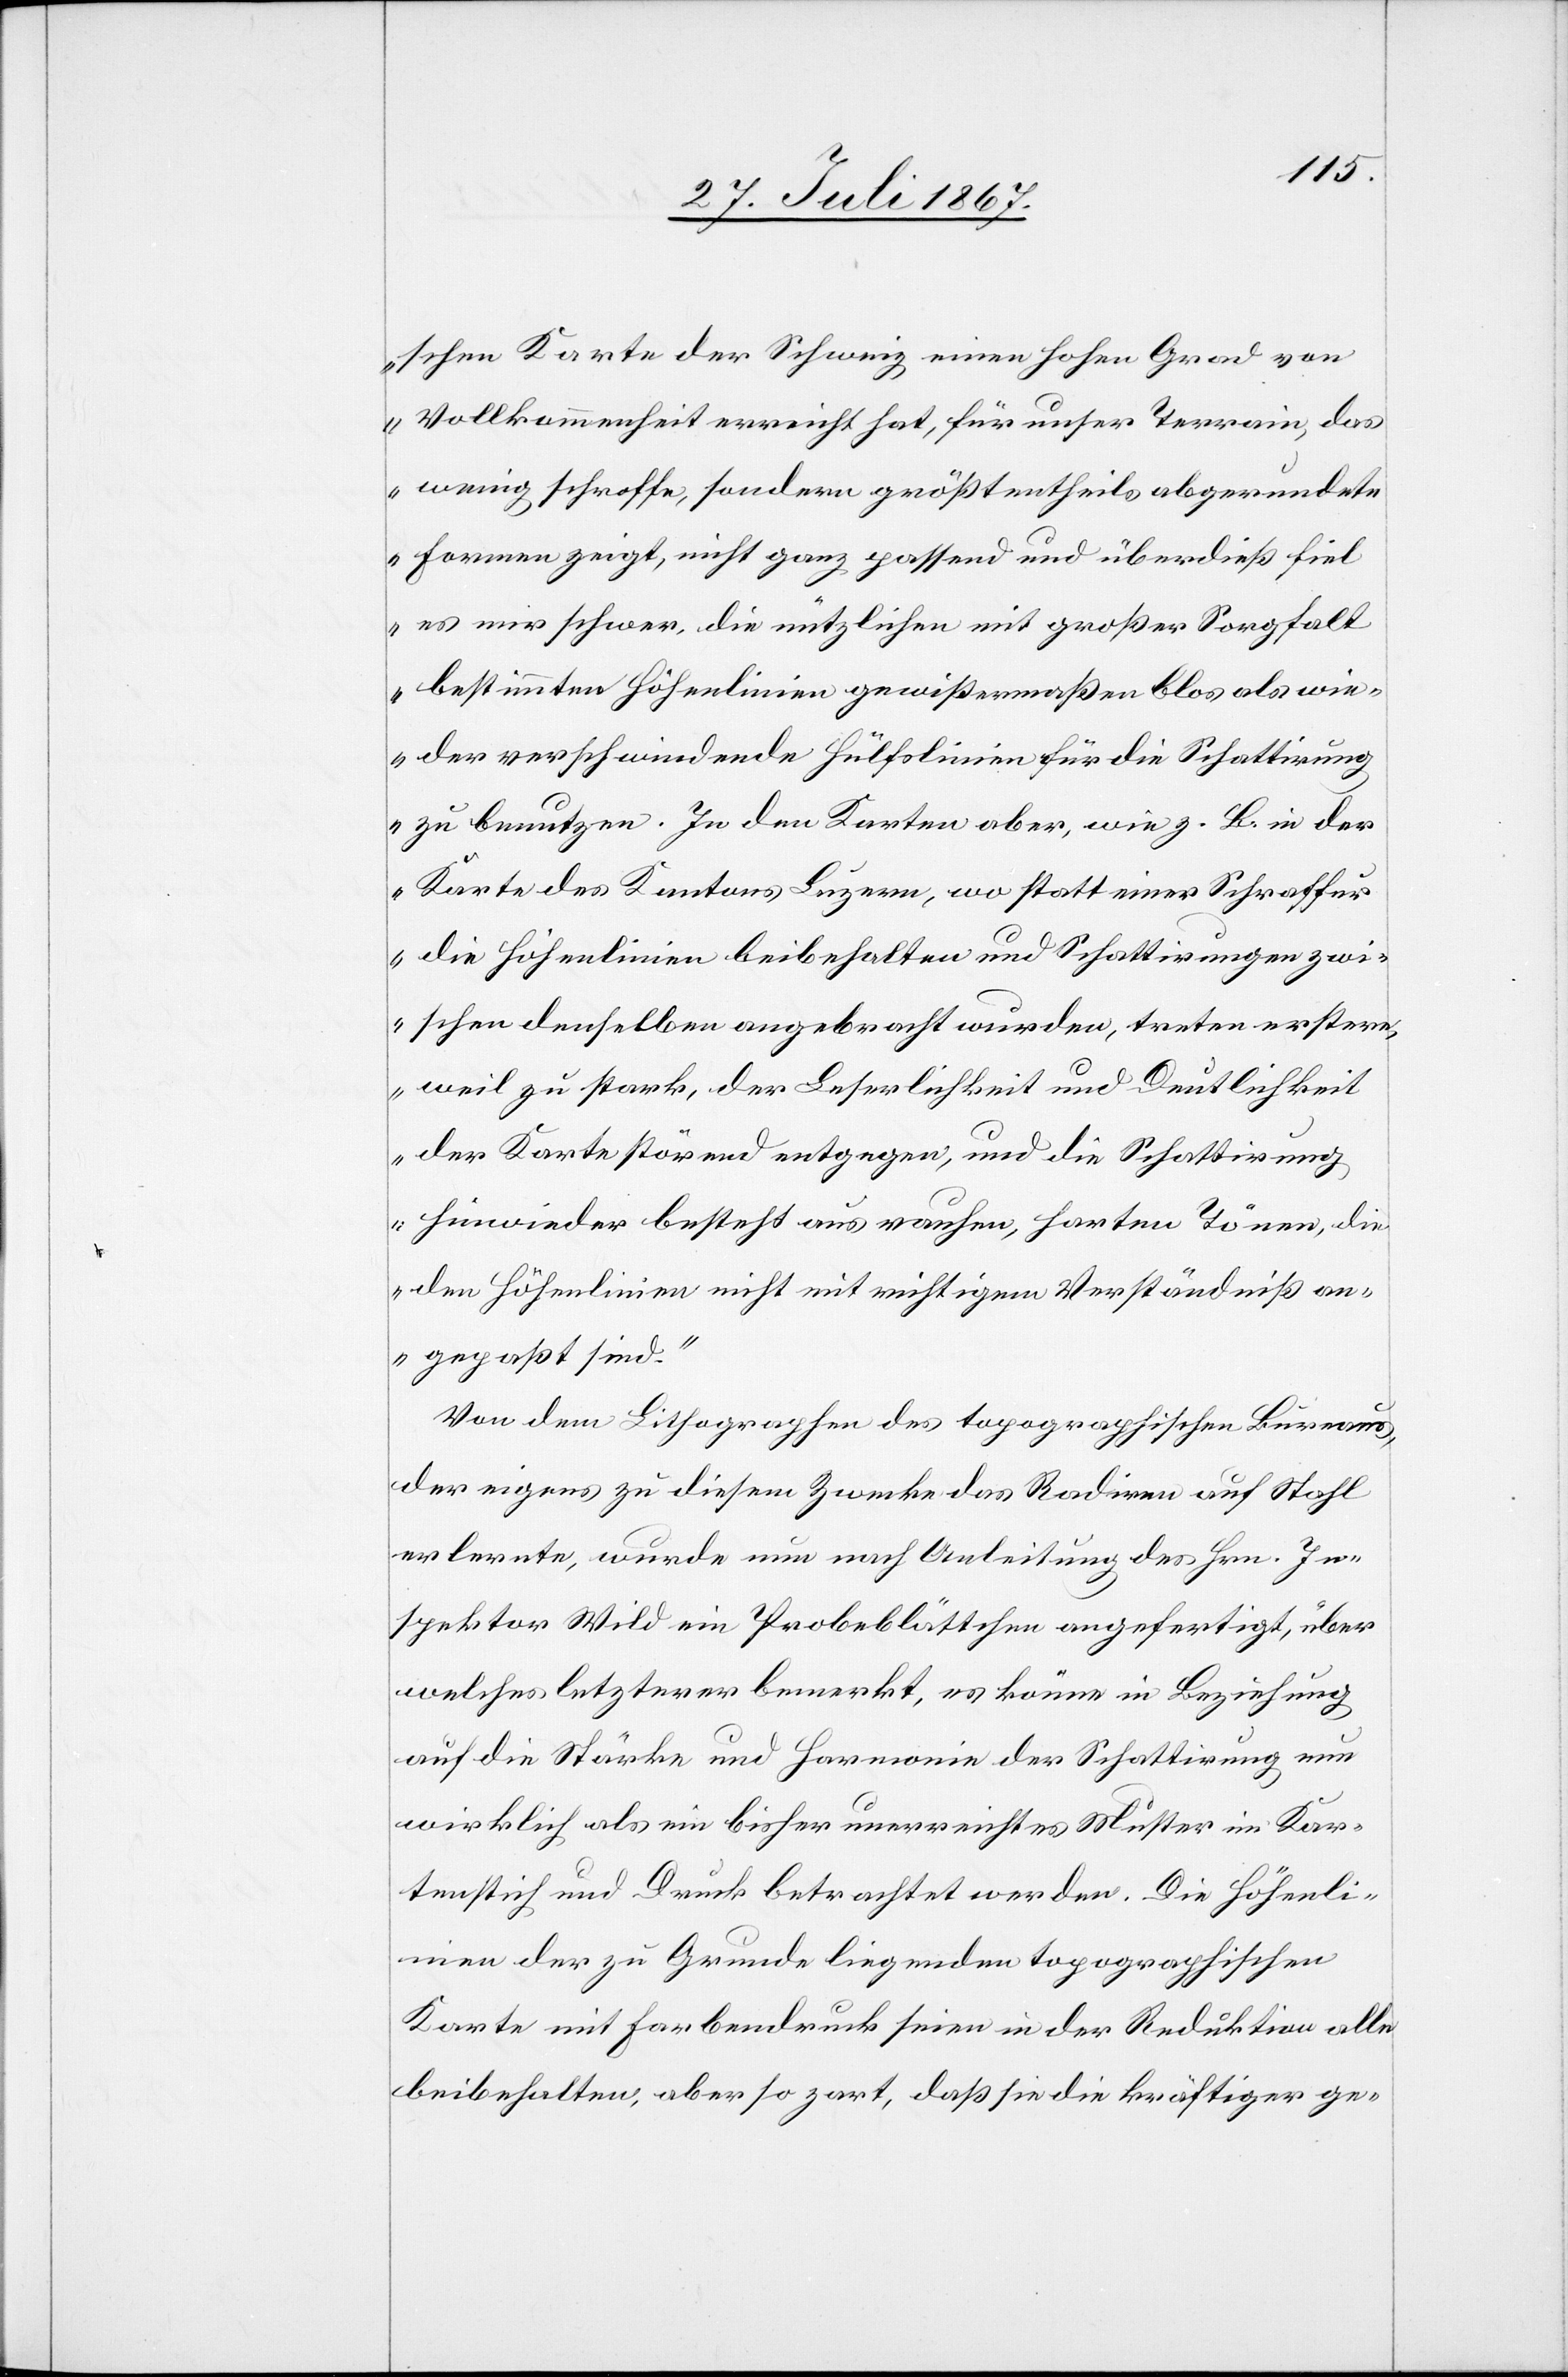
schen Karte der Schweiz einen hohen Grad von
Vollkommenheit erreicht hat, für unser Terrain, das
wenig schroffe, sondern größtentheils abgerundete
Formen zeigt, nicht ganz passend und überdieß fiel
es mir schwer, die nützlichen mit großer Sorgfalt
bestimmten Höhenlinien gewißermaßen blos als wie¬
der verschwindende Hülfslinien für die Schattirung
zu benutzen. In den Karten aber, wie z. B. in der
Karte des Kantons Luzern, wo statt einer Schraffur
die Höhenlinien beibehalten und Schattirungen zwi¬
schen denselben angebracht wurden, treten erstere,
weil zu stark, der Leserlichkeit und Deutlichkeit
der Karte störend entgegen, und die Schattirung
hinwieder besteht aus rauhen, harten Tönen, die
den Höhenlinien nicht mit richtigem Verständniß an¬
gepaßt sind.“
Von dem Lithographen des topographischen Bureaus,
der eigens zu diesem Zwecke das Radiren auf Stahl
erlernte, wurde nun nach Anleitung des Hrn. In¬
spektor Wild ein Probeblättchen angefertigt, über
welches letzterer bemerkt, es könne in Beziehung
auf die Stärke und Harmonie der Schattirung nun
wirklich als ein bisher unerreichtes Muster im Kar¬
tenstich und Druck betrachtet werden. Die Höhenli¬
nien der zu Grunde liegenden topographischen
Karte mit Farbendruck seien in der Reduktion alle
beibehalten, aber so zart, daß sie die kräftiger ge-